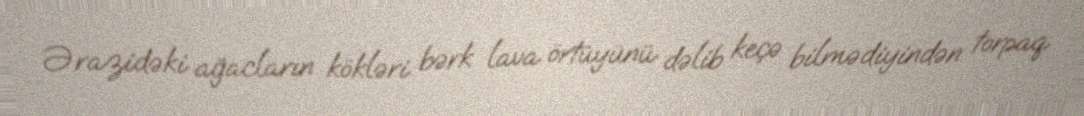
Ərazidəki ağacların kökləri bərk lava örtüyünü dəlib keçə bilmədiyindən torpaq